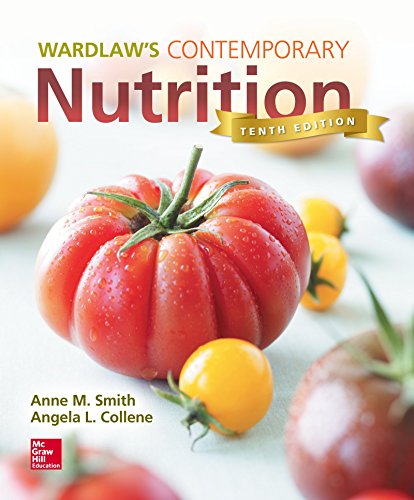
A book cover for Wardlaw's Contemporary Nutrition; Anne Smith; Medical Books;